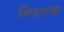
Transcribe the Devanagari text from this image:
निशल्क